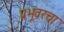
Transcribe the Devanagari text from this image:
प्रभूवरचा